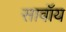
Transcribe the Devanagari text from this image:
सावॉय